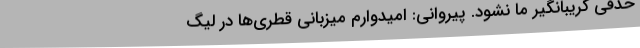
حذفی گریبانگیر ما نشود. پیروانی: امیدوارم میزبانی قطری‌ها در لیگ